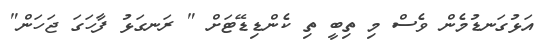
އަޅުގަނޑުމެން ވެސް މި ތިބީ ތި ކެންޑިޑޭޓަށް " ރަނގަޅު ފާހަގަ ޖަހަން"